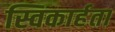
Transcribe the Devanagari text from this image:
स्विकार्हता